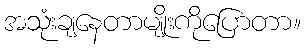
အသုံးချနေတာမျိုးကိုပြောတာ။